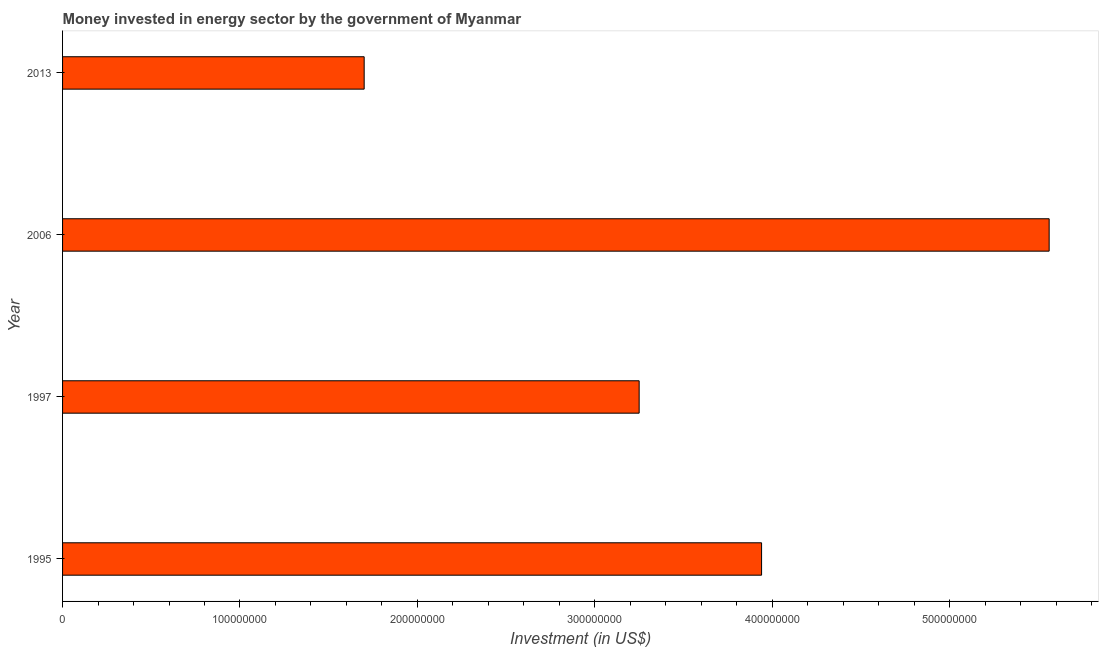
| Year | Investment in energy with private participation (current US$) |
 | --- | --- |
 | 1995 | 3.94e+08 |
 | 1997 | 3.25e+08 |
 | 2006 | 5.56e+08 |
 | 2013 | 1.7e+08 |